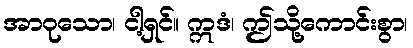
အာဝုသော၊ ငါ့ရှင်။ ဣဒံ၊ ဤသို့ကောင်းစွာ၊